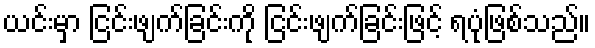
ယင်းမှာ ငြင်းဖျက်ခြင်းကို ငြင်းဖျက်ခြင်းဖြင့် ရပုံဖြစ်သည်။